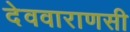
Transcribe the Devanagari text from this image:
देववाराणसी